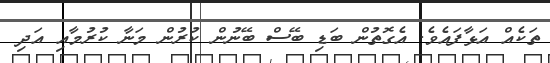
ތަކެއް އަޅާފައެވެ. އެގޮތުން ބަޑި ބޭސް ބޭނުން ކުރުން މަނާ ކުރުމާއި އަދި